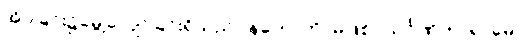
အိပ်ခြင်း၌မွေ့လျော်ခြင်းရှိသည်။ နဟောတိ၊ မဖြစ်။ သင်္ဂဏိကာရာမော၊